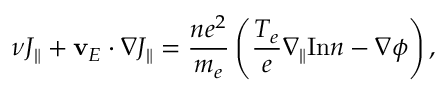
\nu J _ { \| } + \mathbf { v } _ { E } \cdot \nabla J _ { \| } = \frac { n e ^ { 2 } } { m _ { e } } \left( \frac { T _ { e } } { e } \nabla _ { \| } \mathrm { I n } n - \nabla \phi \right) ,